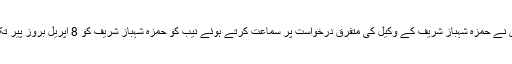
جس پر جسٹس سردار شمیم خان نے حمزہ شہباز شریف کے وکیل کی متفرق درخواست پر سماعت کرتے ہوئے نیب کو حمزہ شہباز شریف کو 8 اپریل بروز پیر تک گرفتار کرنے سے روک دیا۔